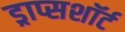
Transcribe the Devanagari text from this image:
ड्राप्सशॉर्ट